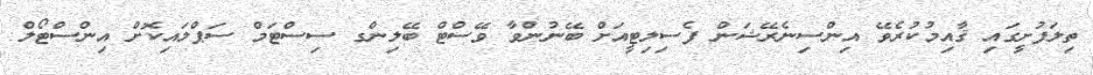
ތިލަފުށީގައި ޤާއިމުކުރެވޭ އިންސިނެރޭޝަން ފެސިލިޓީއަށް ބޭނުންވާ ވޭސްޓް ބޭލިންގ ސިސްޓަމް ސަޕްލައިކޮށް އިންސްޓޯލް